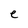
Character: e